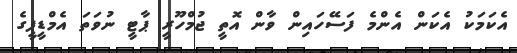
އެކަމަކު އެކަން އެންމެ ފަސޭހައިން ވާން އޮތީ ޖުމްހޫރީ ޕާޓީ ނުވަތަ އެމްޑީޕީގެ